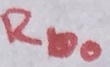
Text: RbO